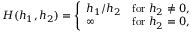
\begin{array} { r } { H ( h _ { 1 } , h _ { 2 } ) = \left\{ \begin{array} { l l } { h _ { 1 } / h _ { 2 } } & { \mathrm { f o r } \; h _ { 2 } \neq 0 , } \\ { \infty } & { \mathrm { f o r } \; h _ { 2 } = 0 , } \end{array} \right. } \end{array}